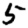
Digit: 5